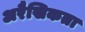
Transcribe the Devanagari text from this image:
अरैखिकता